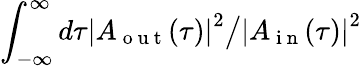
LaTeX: \int_{-\infty}^{\infty}d\tau{\left|A_{\mathrm{~o~u~t~}}(\tau)\right|}^{2}\big/{\left|A_{\mathrm{~i~n~}}(\tau)\right|}^{2}